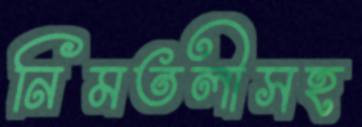
নিমতলীসহ